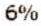
6%